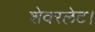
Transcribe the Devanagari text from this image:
शेवरलेट।